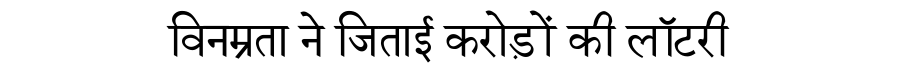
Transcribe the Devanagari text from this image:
विनम्रता ने जिताई करोड़ों की लॉटरी